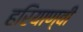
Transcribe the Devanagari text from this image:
हरियाण्वी